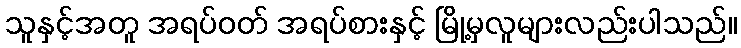
သူနှင့်အတူ အရပ်ဝတ် အရပ်စားနှင့် မြို့မှလူများလည်းပါသည်။